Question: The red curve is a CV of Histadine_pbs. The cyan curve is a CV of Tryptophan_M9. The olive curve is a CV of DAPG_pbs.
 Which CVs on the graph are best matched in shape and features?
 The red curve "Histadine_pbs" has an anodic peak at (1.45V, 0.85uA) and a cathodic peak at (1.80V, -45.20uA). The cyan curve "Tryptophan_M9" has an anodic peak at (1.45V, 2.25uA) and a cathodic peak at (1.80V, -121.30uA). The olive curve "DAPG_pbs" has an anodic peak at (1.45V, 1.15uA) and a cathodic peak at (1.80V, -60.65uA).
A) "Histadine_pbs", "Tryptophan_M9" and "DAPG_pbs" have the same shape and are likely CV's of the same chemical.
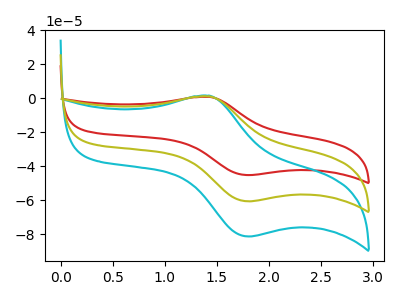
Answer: <think>All the peaks in "Histadine_pbs" have a peak in "Tryptophan_M9" at the same potential. Every peak in "Histadine_pbs" is lower than every peak in "Tryptophan_M9". All the peaks in "Histadine_pbs" have a peak in "DAPG_pbs" at the same potential. Every peak in "Histadine_pbs" is lower than every peak in "DAPG_pbs". All the peaks in "Tryptophan_M9" have a peak in "DAPG_pbs" at the same potential. Every peak in "Tryptophan_M9" is higher than every peak in "DAPG_pbs".
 </think>
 <answer>A) "Histadine_pbs", "Tryptophan_M9" and "DAPG_pbs" have the same shape and are likely CV's of the same chemical.</answer>
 <eval>A</eval>